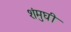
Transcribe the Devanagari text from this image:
शंमुघी